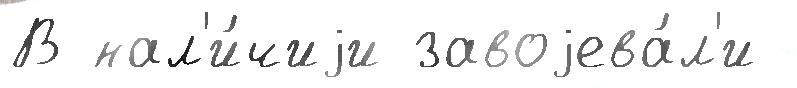
В нал'и́чиjи завоjева́л'и